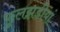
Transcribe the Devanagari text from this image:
फुलझडीयां